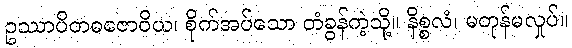
ဥဿာပိတဓဇောဝိယ၊ စိုက်အပ်သော တံခွန်ကဲ့သို့။ နိစ္စလံ၊ မတုန်မလှုပ်။